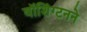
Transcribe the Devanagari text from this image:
वॉशिंग्टनने